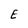
Character: E